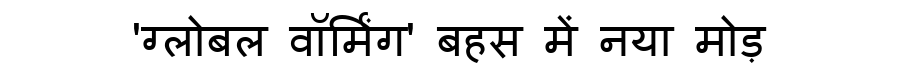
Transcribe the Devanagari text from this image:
'ग्लोबल वॉर्मिंग' बहस में नया मोड़